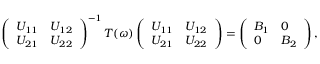
\begin{array} { r } { \left( \begin{array} { l l } { U _ { 1 1 } } & { U _ { 1 2 } } \\ { U _ { 2 1 } } & { U _ { 2 2 } } \end{array} \right) ^ { - 1 } T ( \omega ) \left( \begin{array} { l l } { U _ { 1 1 } } & { U _ { 1 2 } } \\ { U _ { 2 1 } } & { U _ { 2 2 } } \end{array} \right) = \left( \begin{array} { l l } { B _ { 1 } } & { 0 } \\ { 0 } & { B _ { 2 } } \end{array} \right) , } \end{array}